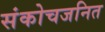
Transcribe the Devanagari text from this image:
संकोचजनित